Civil Veterinary Department. Madras. Admin. report 1926-33 - 1926-1933
Year: 1926
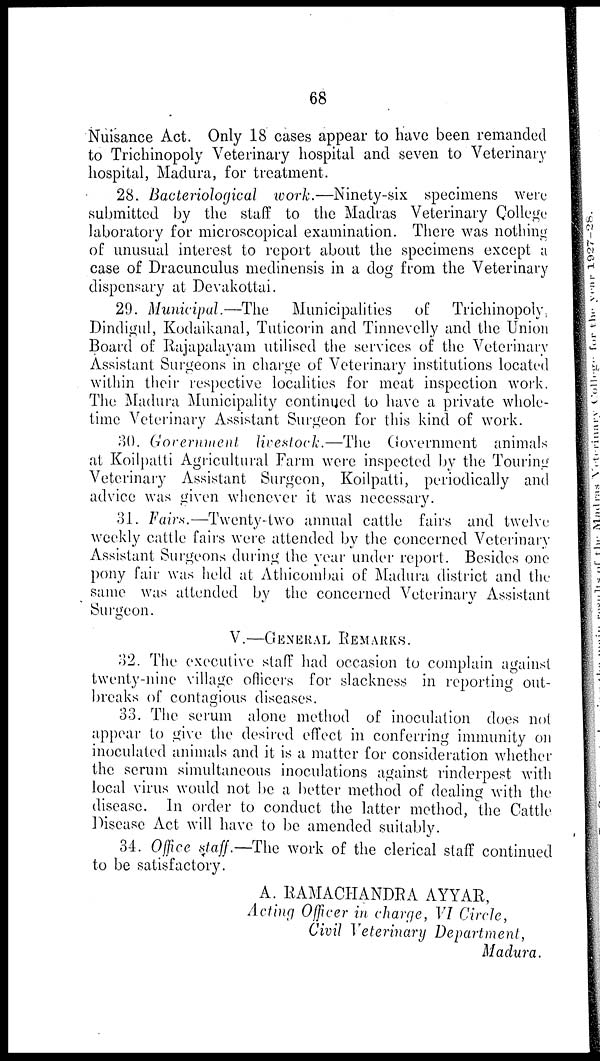
68
Nuisance Act. Only 18 cases appear to have been remanded
to Trichinopoly Veterinary hospital and seven to Veterinary
hospital, Madura, for treatment.
28. Bacteriological work.—Ninety-six specimens were
submitted by the staff to the Madras Veterinary College
laboratory for microscopical examination. There was nothing
of unusual interest to report about the specimens except a
case of Dracunculus medinensis in a dog from the Veterinary
dispensary at Devakottai.
29. Municipal.—The
Municipalities of Trichinopoly,
Dindigul, Kodaikanal, Tuticorin and Tinnevelly and the Union
Board of Rajapalayam utilised the services of the Veterinary
Assistant Surgeons in charge of Veterinary institutions located
within their respective localities for meat inspection work.
The Madura Municipality continued to have a private whole-
time Veterinary Assistant Surgeon for this kind of work.
30. Government livestock.—The Government animals
at Koilpatti Agricultural Farm were inspected by the Touring
Veterinary Assistant Surgeon, Koilpatti, periodically and
advice was given whenever it was necessary.
31. Fairs.—Twenty-two annual cattle fairs and twelve
weekly cattle fairs were attended by the concerned Veterinary
Assistant Surgeons during the year under report. Besides one
pony fair was held at Athicombai of Madura district and the
same was attended by the concerned Veterinary Assistant
Surgeon.
V.—GENERAL REMARKS.
32. The executive staff had occasion to complain against
twenty-nine village officers for slackness in reporting out-
breaks of contagious diseases.
33. The serum alone method of inoculation does not
appear to give the desired effect in conferring immunity on
inoculated animals and it is a matter for consideration whether
the serum simultaneous inoculations against rinderpest with
local virus would not be a better method of dealing with the
disease. In order to conduct the latter method, the Cattle
Disease Act will have to be amended suitably.
34. Office staff.—The work of the clerical staff continued
to be satisfactory.
A. RAMACHANDRA AYYAR,
Acting Officer in charge, VI Circle,
Civil Veterinary Department,
Madura.